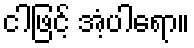
ငါဖြင့် အံ့ပါရော။